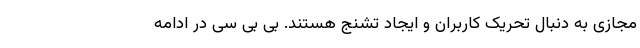
مجازی به دنبال تحریک کاربران و ایجاد تشنج هستند. بی بی سی در ادامه